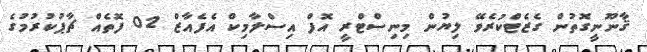
ޤާނޫނީގޮތުން ގެޒެޓްކުރެވޭ ލިޔުން މިނިސްޓްރީ އޮފް އިސްލާމިކް އެފެއާޒް 02 ފޮތެއް ޗާޕުކުރުމުގެ